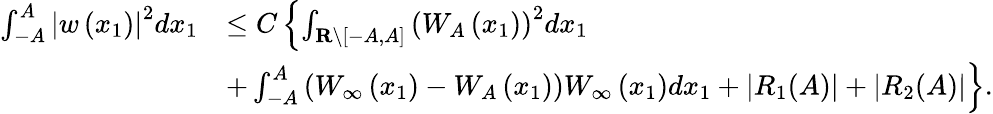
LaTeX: \begin{array}{rl}{\int_{-A}^{A}\left|w\left(x_{1}\right)\right|^{2}dx_{1}}&{\leq C\left\{ \int_{\mathbf{R}\backslash[-A,A]}\left(W_{A}\left(x_{1}\right)\right)^{2}dx_{1}\right.}\\ &{+\left.\int_{-A}^{A}\left(W_{\infty}\left(x_{1}\right)-W_{A}\left(x_{1}\right)\right)W_{\infty}\left(x_{1}\right)dx_{1}+|R_{1}(A)|+|R_{2}(A)|\right\} .}\end{array}